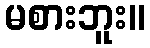
မစားဘူး။